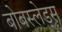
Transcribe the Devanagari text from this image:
बोबस्लेड्स